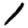
Digit: 1